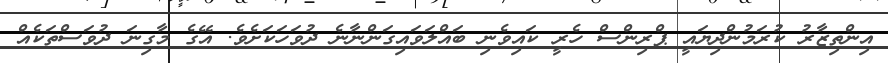
އިންތިޒާރު ކުރަމުންދިޔައީ ޕްރިންސް ހެރީ ކައިވެނި ބައްލަވައިގަންނާނެ ދުވަހަކަށެވެ. އޭގެ މާގިނަ ދުވަސްތަކެއް